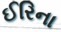
ઈરિના